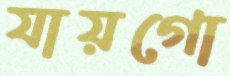
যায়গো